Dysentery in Hazaribagh Central Jail - Number 52
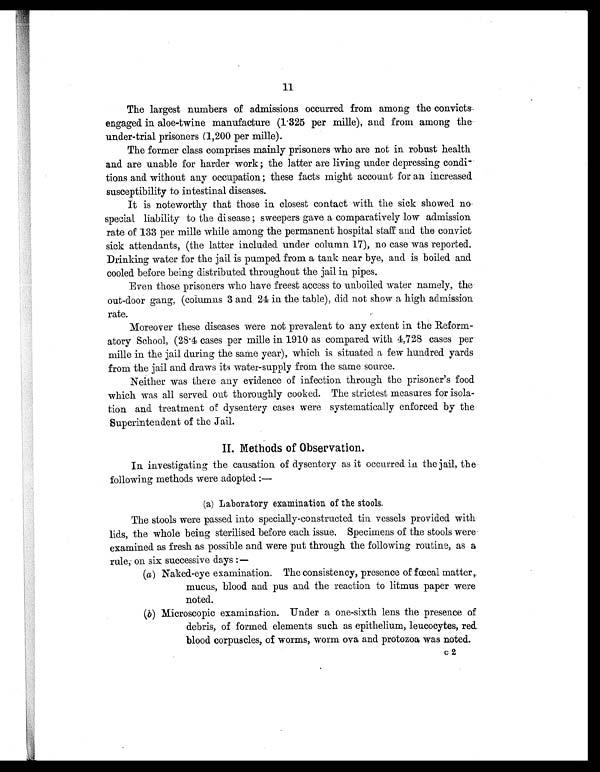
11
The largest numbers of admissions occurred from among the convicts
engaged in aloe-twine manufacture (1.325 per mille), and from among the
under-trial prisoners (1,200 per mille).
The former class comprises mainly prisoners who are not in robust health
and. are unable for harder work; the latter are living under depressing condi-
tions and without any occupation; these facts might account for an increased
susceptibility to intestinal diseases.
It is noteworthy that those in closest contact with the sick showed no
special liability to the disease; sweepers gave a comparatively low admission
rate of 133 per mille while among the permanent hospital staff and the convict
sick attendants, (the latter included under column 17), no case was reported.
Drinking water for the jail is pumped from a tank near bye, and is boiled and
cooled before being distributed throughout the jail in pipes.
Even those prisoners who have freest access to unboiled water namely, the
out-door gang, (columns 3 and 24 in the table), did not show a high admission
rate.
Moreover these diseases were not prevalent to any extent in the Reform-
atory School, (28.4 cases per mille in 1910 as compared with 4,728 cases per
mille in the jail during the same year), which is situated a few hundred yards
from the jail and draws its water-supply from the same source.
Neither was there any evidence of infection through the prisoner's food
which was all served out thoroughly cooked. The strictest measures for isola-
tion and treatment or dysentery cases were systematically enforced by the
Superintendent of the Jail.
II. Methods of Observation.
In investigating the causation of dysentery as it occurred in the jail, the
following methods were adopted:
—
(a) Laboratory examination of the stools.
The stools were passed into specially-constructed tin vessels provided with
lids, the whole being sterilised before each issue. Specimens of the stools were
examined as fresh as possible and were put through the following routine, as a
rule; on six successive days
(a) Naked-eye examination. The consistency, presence of fœcal matter,
mucus, blood and pus and the reaction to litmus paper were
noted.
(b) Microscopic examination. Under a one-sixth lens the presence of
debris, of formed elements such as epithelium, leucocytes, red
blood corpuscles, of worms, worm ova and protozoa was noted.
c2